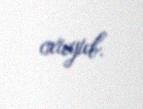
oxuyub.